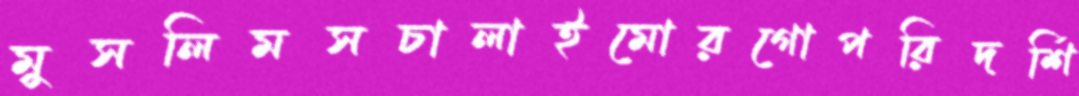
মুসলিমসচালাইমোরগোপরিদর্শি